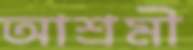
আশ্রমী